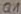
Text: Q1